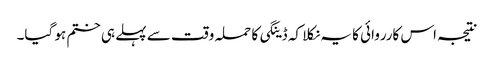
نتیجہ اس کارروائی کا یہ نکلا کہ ڈینگی کا حملہ وقت سے پہلے ہی ختم ہو گیا۔